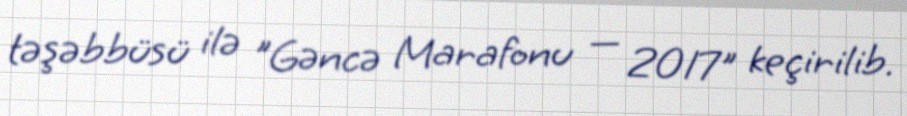
təşəbbüsü ilə "Gəncə Marafonu — 2017" keçirilib.